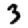
Digit: 3